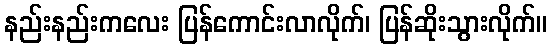
နည်းနည်းကလေး ပြန်ကောင်းလာလိုက်၊ ပြန်ဆိုးသွားလိုက်။